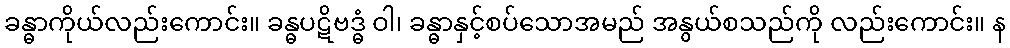
ခန္ဓာကိုယ်လည်းကောင်း။ ခန္ဓပဋိဗဒ္ဓံ ဝါ၊ ခန္ဓာနှင့်စပ်သောအမည် အနွယ်စသည်ကို လည်းကောင်း။ န